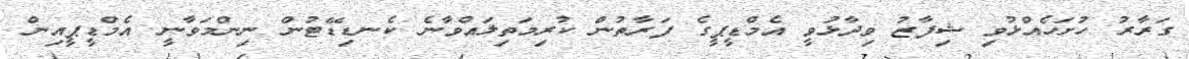
ގަރާރު ހުށަހެއްޅުވި ޝިފާޒު ވިދާޅުވީ އެމްޑީޕީގެ ފަރާތުން ކުރިމަތިލައްވާނެ ކެނޑިޑޭޓުން ނިންމަވާނީ އެމްޑީޕީއިން